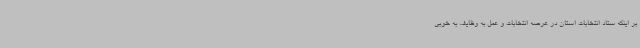
بر اینکه ستاد انتخابات استان در عرصه انتخابات و عمل به وظایف به خوبی